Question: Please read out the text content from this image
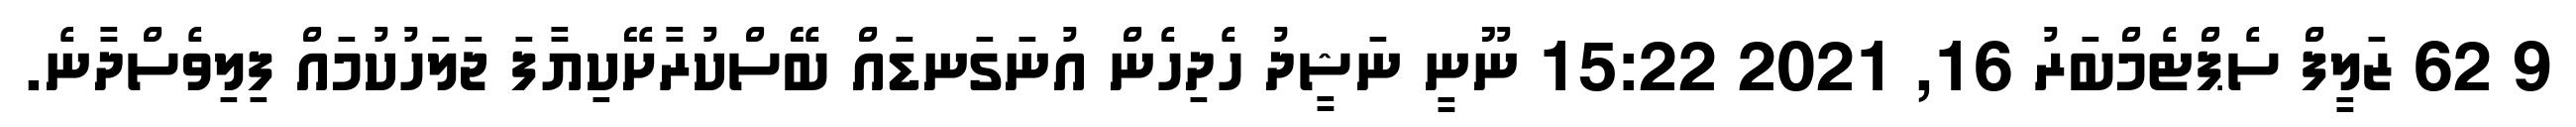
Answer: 9 62 ޒަލީފް ސެޕްޓެމްބަރު 16, 2021 15:22 ނޫނީ ނަޝީދު ހެދިހެން އުނަގަނޑައް ބޭސްކުރާށޭކިޔާފަ ޖަލަހުކުމައް ފިލިވެސްދާނެ.